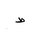
Letter: _da